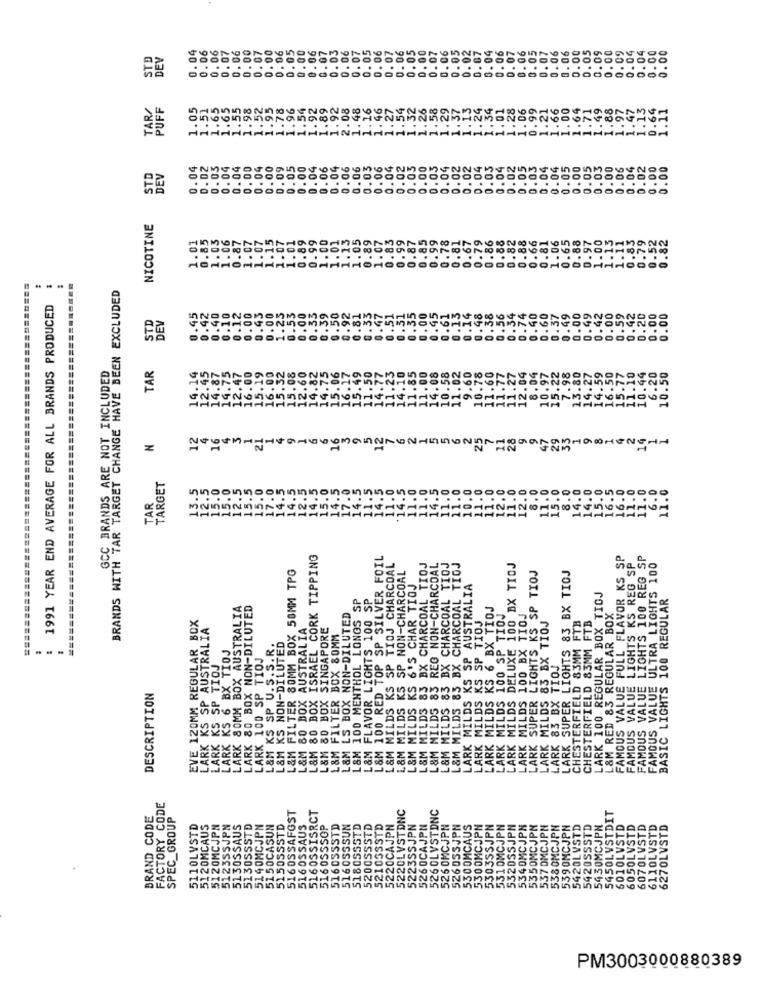
0.06
0.00
0.07
0.00
0.06
0.05
0.00
0.06
0.07
0.03
0.06
0.07
0.06
. 07
0.06
0.67
6.04
0.06
0.07
0.06
0.05
0.07
0.06
0.06
0.00
0.05
0.09
0.00
0.09
0.04
0.04
0.00
0.00
DEV
0.04
0.00
0.04
0.07
0.0.
0.06
0.07
0.0
0.02
TAR/
PUFF
.65
1.55
1.98
1.52
1.95
1.78
1.96
1.54
.89
1.92
2.08
.. 48
1.16
1.46
1.27
1.59
. 32
1.58
1.29
1.13
1.24
1.34
1.01
1.28
1.06
0.99
1.21
1.66
1.00
1.64
1.71
1.49
1.88
1.97
1.47
1.13
0.64
1.11
1.5
1.6
1.2
1.37
1.9
0.03
0.05
DEV
0.04
0.02
0.03
0.04
0.04
0.00
0.04
0.00
0.09
0.05
0.00
0.04
0.06
0.04
0.06
0.06
0.03
0.06
0.04
0.02
0.00
0.03
0.04
0.02
0.02
0.04
0.03
0.04
0.02
0.05
0.03
0.04
0.04
0.05
0.00
0.03
0.00
0.06
0.04
0.02
0.00
0.00
STD
NICOTINE
0.85
1.03
1.06
0.87
1.07
1.07
1.15
1.07
1.01
0.89
0.99
1.00
1.01
1.13
1.05
0.89
1.07
0.83
0.99
0.87
0.85
0.99
0.78
0.81
0.67
0.79
0.86
0.88
0.82
0.88
0.66
0.81
1.06
0.65
0.88
0.97
1.00
1.15
1.11
0.83
0.79
0.52
82
1.01
BRANDS WITH TAR TARGET CHANGE HAVE BEEN EXCLUDED
1991 YEAR END AVERAGE FOR ALL BRANDS PRODUCED
0.10
0.45
0.00
0.53
0.00
0.33
0.39
0.50
0.92
0.42
0.42
0.42
0.40
0.12
0.00
1.25
0.81
0.47
1.74
0.40
0.60
0.37
0.49
0.00
0.49
0.00
0.59
0.20
0.00
0.00
STI
0.
GCC BRANDS ARE NOT INCLUDED
12.45
15.08
82
14.75
15.06
15.49
10
08
12.04
8.04
10.97
7.98
14.27
14.59
10.50
TAR
14.14
14.87
14.75
16.00
15.19
16.00
15.32
12.60
16.17
11.50
14.77
11.77
11.27
13.80
16.50
15.77
11.10
10.44
6.20
15.2
12
4
16
4
3
1
21
4
9
1
6
6
3
5
12
7
5
6
2
25
9
9
47
29
2
14
1
16
11
28
33
TARGET
15.0
4.5
.0
.0
.5
. 0
.0
10.0
. 0
.0
.0
12.0
8.0
11.0
15.0
8.0
14.0
14.0
15.0
16.5
16.0
11.0
11.0
6.0
11.0
12.5
14.5
12 .!
14.
4.
TAR
.......
L&M 80 BOX ISRAEL CORK TIPPING
L&M 100 RED TOP SP SILVER FOIL
FAMOUS VALUE FULL FLAVOR KS SP
FAMOUS VALUE LIGHTS KS REG SP
FAMOUS VALUE LIGHTS 100 REG SP
L&M FILTER 80MM BOX 50MM TPG
L&M MILDS KS SP TIOJ CHARCOAL
L&M MILDS 83 BX CHARCOAL TIOJ
L&M MILDS 83 REG NON-CHARCOAL
L&M MILDS 83 BX CHARCOAL TIOJ
L&M MILDS 83 BX CHARCOAL TIOJ
LARK MILDS DELUXE 100 BX TIOJ
LARK SUPER LIGHTS KS SP TIOJ
FAMOUS VALUE ULTRA LIGHTS 100
SP NON-CHARCOAL
LARK SUPER LIGHTS 83 BX TIOJ
L&M MILDS KS 6'S CHAR TIOJ
LARK MILDS KS SP AUSTRALIA
L&M 100 MENTHOL LONGS SP
L&M FLAVOR LIGHTS 100 SP
LARK 100 REGULAR BOX TIOJ
BASIC LIGHTS 100 REGULAR
80MM BOX AUSTRALIA
LARK 80 BOX NON-DILUTED
LARK MILDS KS 6 BX TIOJ
LARK MILDS 100 SP TIOJ
L&M RED 83 REGULAR BOX
EVE 120MM REGULAR BOX
L&M LS BOX NON-DILUTED
LARK MILDS KS SP TIOJ
LARK MILDS 100 BX TIOJ
LARK MILDS 83 BX TIOJ
CHESTERFIELD 83MM FTB
CHESTERFIELD 83MM FTB
LARK KS SP AUSTRALIA
L&M 80 BOX AUSTRALIA
L&M 80 BOX SINGAPORE
L&M KS NON-DILUTED
L&M FILTER BOX 80MM
LARK KS 6 BX TIOJ
LARX 100 SP TIOJ
LARK 83 BX TIOJ
LARK KS SP TIOJ
L&M MILDS KS
DESCRIPTION
LARK
L&M !
FACTORY CODE
5160SSAFGST
5220LVSTDNC
526 OLVSTDNC
5450LYSTDIT
BRAND CODE
SPEC_GROUP
51 20MCAUS
51 20MCJPN
5123SSJPN
5130SSSTD
5150CASUN
5160SSISRC
5200SSSTD
5300MCJPN
5110LVSTD
5130SSAUS
5140MCJPN
515055STD
5160SSAUS
516 0SSSGP
5160SSSTD
516053SUN
518055STD
5220CAJPH
5223SSJPN
5260CAJPN
526 0MCJPN
52605SJPN
5300MCAUS
5303SSJPN
5310MCJPN
532055JPN
5340MCJPN
5350MCJPN
537 DMCJPN
5380MCJPN
5390MCJPN
5420LVSTD
5420SSSTD
5430MCJPN
6010LVSTD
6050LVSTD
607 OLVSTD
6110LVSTD
6270LVSTD
52105
PM3003000880389